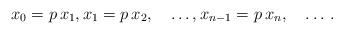
LaTeX: \begin{align*}\begin{minipage}[c]{35pc}$x_0=p\,x_1,x_1=p\,x_2,\quad\dots,x_{n-1}=p\,x_n,\quad\dots\,.$\end{minipage}\end{align*}